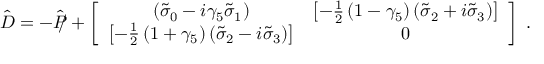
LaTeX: { \hat { \cal { D } } } = - { { \hat { P } } \llap / } + \left[ \begin{array} { c c } { { \left( { \tilde { \sigma } } _ { 0 } - i { \gamma } _ { 5 } { \tilde { \sigma } } _ { 1 } \right) } } & { { \left[ - \frac { 1 } { 2 } \left( 1 - \gamma _ { 5 } \right) \left( { \tilde { \sigma } } _ { 2 } + i { \tilde { \sigma } } _ { 3 } \right) \right] } } \\ { { \left[ - \frac { 1 } { 2 } \left( 1 + \gamma _ { 5 } \right) \left( { \tilde { \sigma } } _ { 2 } - i { \tilde { \sigma } } _ { 3 } \right) \right] } } & { { 0 } } \end{array} \right] \ .